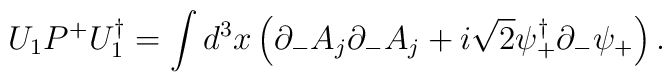
U_1 P^+ U_1^\dagger = \int d^3 x \left( \partial_- A_j \partial_- A_j+i\sqrt{2} \psi^\dagger_+ \partial_- \psi_+ \right) .